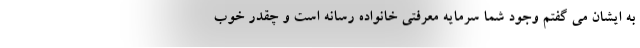
به ایشان می گفتم وجود شما سرمایه معرفتی خانواده رسانه است و چقدر خوب